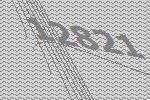
12821